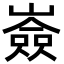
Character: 𡽗